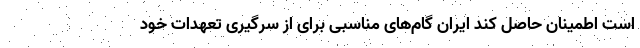
است اطمینان حاصل کند ایران گام‌های مناسبی برای از سرگیری تعهدات خود